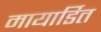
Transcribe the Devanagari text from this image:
मायार्डित